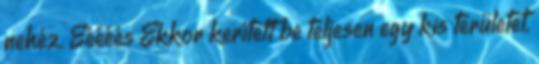
nehéz. Ééééés Ekkor kerített be teljesen egy kis területet,